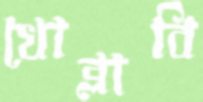
খোব্‌লাবি